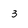
Character: 3